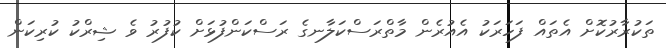
ތަކުރާރުކޮށް އެތައް ފަހަރަކު އެއުރެން މާތްރަސްކަލާނގެ ރަސްކަންފުޅަށް ކުފުރު ވެ ޝިރްކު ކުރިކަން